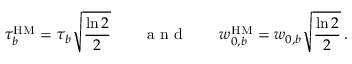
\tau _ { b } ^ { \mathrm { H M } } = \tau _ { b } \sqrt { \frac { \ln 2 } { 2 } } \qquad \mathrm { ~ a ~ n ~ d ~ } \qquad w _ { 0 , b } ^ { \mathrm { H M } } = w _ { 0 , b } \sqrt { \frac { \ln 2 } { 2 } } \, .